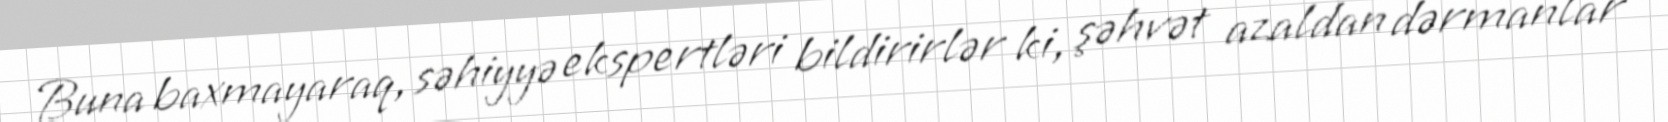
Buna baxmayaraq, səhiyyə ekspertləri bildirirlər ki, şəhvət azaldan dərmanlar